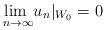
LaTeX: \begin{align*}\underset{n\to\infty}{\lim\ }u_n|_{W_0}=0\end{align*}